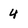
Character: 4